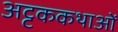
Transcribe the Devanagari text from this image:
अट्टककथाओं